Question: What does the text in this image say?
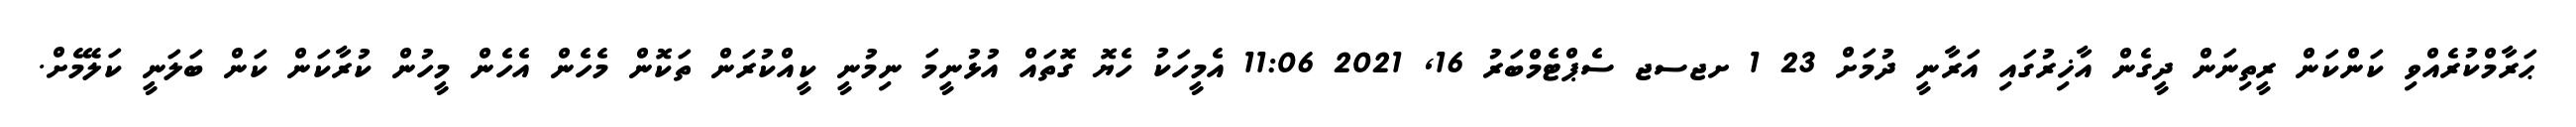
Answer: ޙަރާމްކުރެއްވި ކަންކަން ރީތިނަން ދީގެން އާޚިރުގައި އަރާނީ ދުމަށް 23 1 ށޖސޖ ސެޕްޓެމްބަރު 16, 2021 11:06 އެމީހަކު ހެޔޮ ގޮތައް އުޅުނީމަ ނިމުނީ ކީއްކުރަން ތަކޮން މެހެން އެހެން މީހުން ކުރާކަން ކަން ބަލަނީ ކަލޭމެށް.